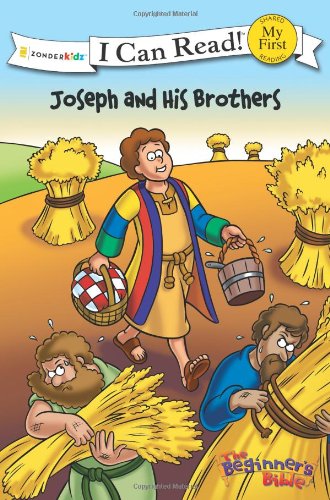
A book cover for Joseph and His Brothers (I Can Read! / The Beginner's Bible); Christian Books & Bibles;